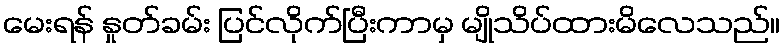
မေးရန် နှုတ်ခမ်း ပြင်လိုက်ပြီးကာမှ မျိုသိပ်ထားမိလေသည်။